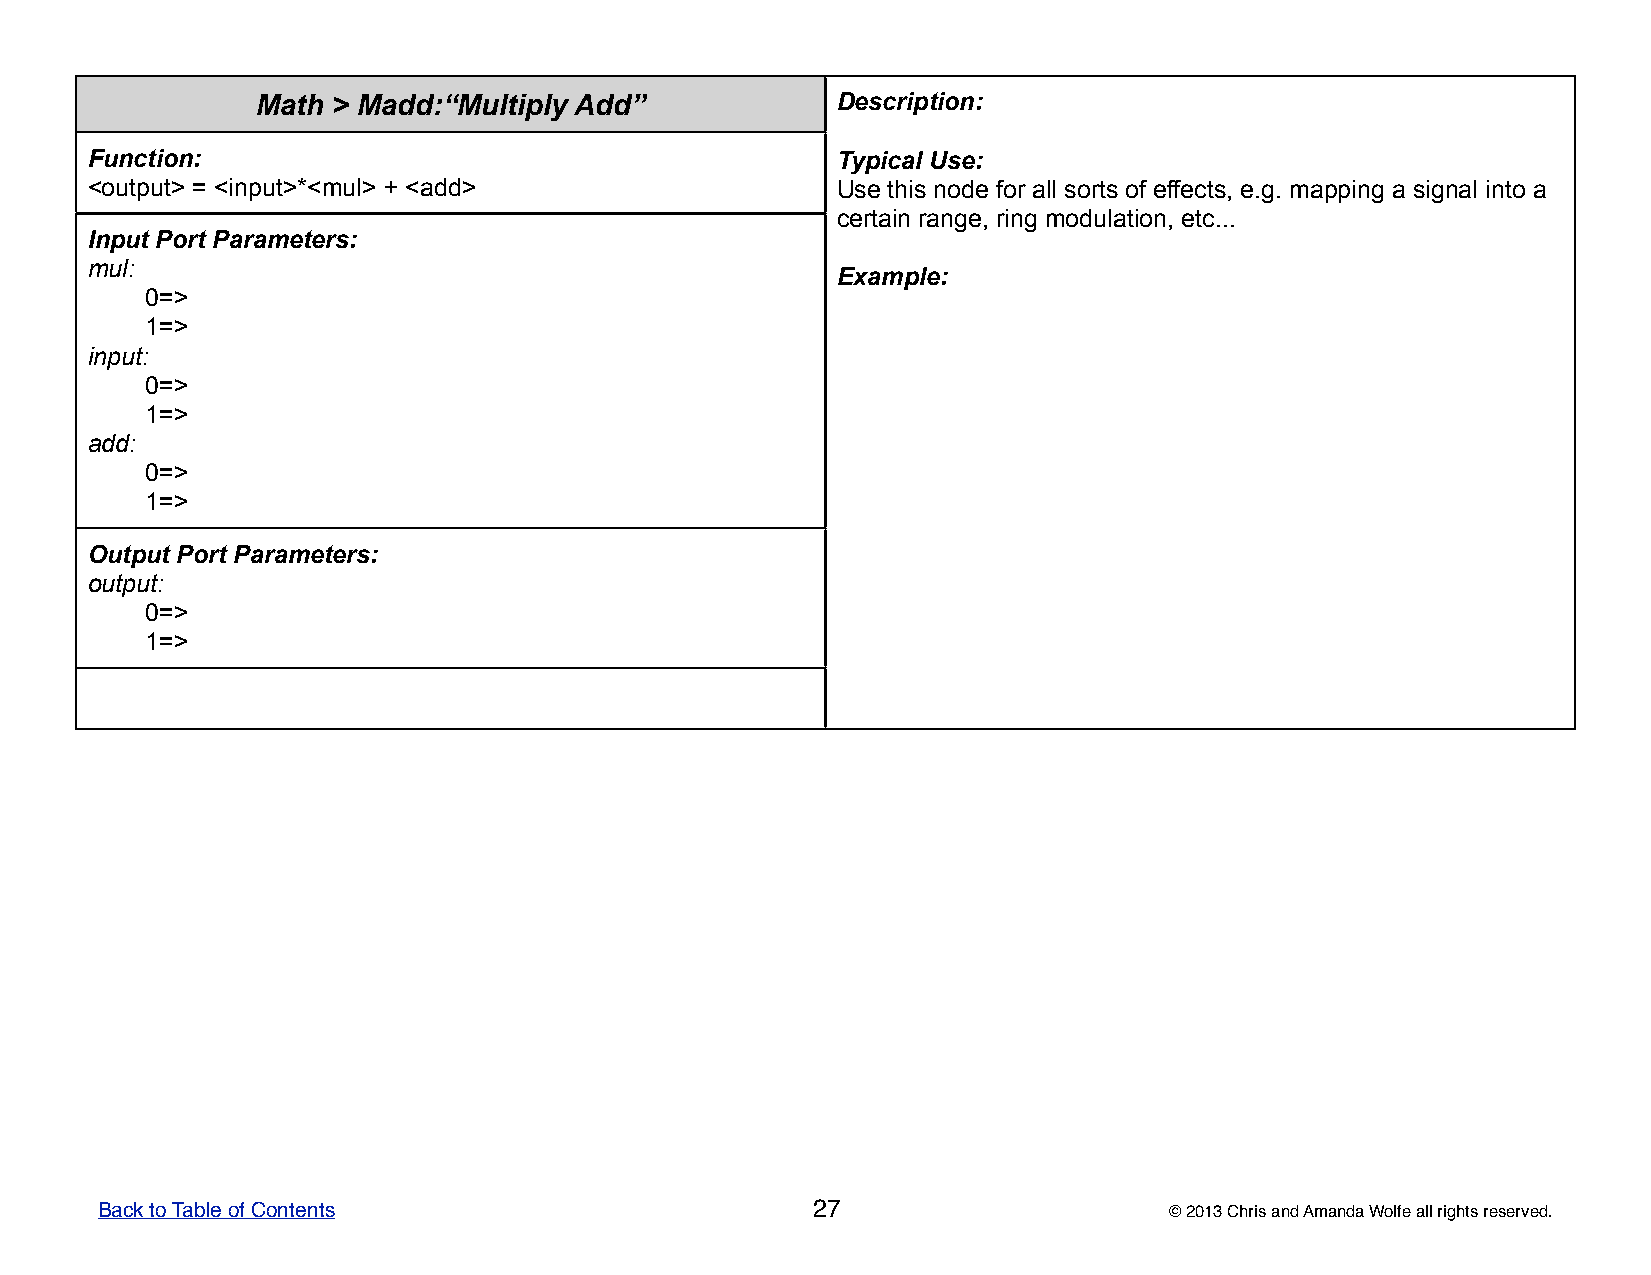
Math > Madd:“Multiply Add”            DDDDDeeeeessssscccccrrrrriiiiippppptttttiiiiiooooonnnnn:::::
 Function:                                        TTTTTyyyyypppppiiiiicccccaaaaalllll UUUUUssssseeeee:::::
 <output> = <input>*<mul> + <add>                 UUUUUssssseeeee ttttthhhhhiiiiisssss nnnnnooooodddddeeeee fffffooooorrrrr aaaaallllllllll sssssooooorrrrrtttttsssss ooooofffff eeeeeffffffffffeeeeeccccctttttsssss,,,,, eeeee.....ggggg..... mmmmmaaaaappppppppppiiiiinnnnnggggg aaaaa sssssiiiiigggggnnnnnaaaaalllll iiiiinnnnntttttooooo aaaaa
 ccccceeeeerrrrrtttttaaaaaiiiiinnnnn rrrrraaaaannnnngggggeeeee,,,,, rrrrriiiiinnnnnggggg mmmmmoooooddddduuuuulllllaaaaatttttiiiiiooooonnnnn,,,,, eeeeetttttccccc...............
 Input Port Parameters:
 mul:
 EEEEExxxxxaaaaammmmmpppppllllleeeee:::::
 0=>
 1=>
 input:
 0=>
 1=>
 add:
 0=>
 1=>
 Output Port Parameters:
 output:
 0=>
 1=>
 Back to Table of Contents                       27                     © 2013 Chris and Amanda Wolfe all rights reserved.